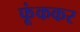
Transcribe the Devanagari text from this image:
फूंककर